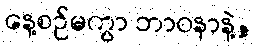
နေ့စဉ်မကွာ ဘာဝနာနဲ့,